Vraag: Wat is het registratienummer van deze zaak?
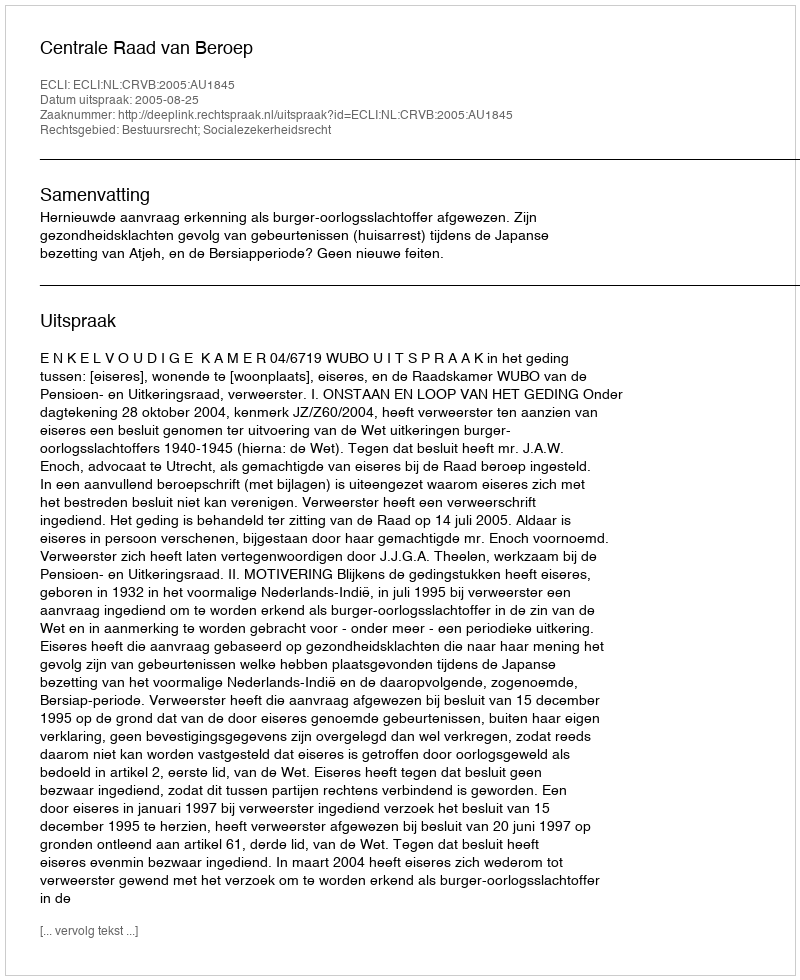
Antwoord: http://deeplink.rechtspraak.nl/uitspraak?id=ECLI:NL:CRVB:2005:AU1845